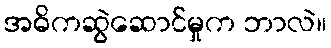
အဓိကဆွဲဆောင်မှုက ဘာလဲ။